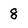
Character: 8